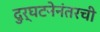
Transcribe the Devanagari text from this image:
दुर्घटनेनंतरची